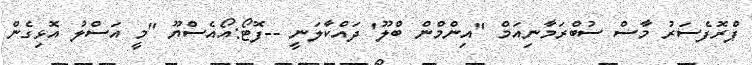
ޕްރޮފެސަރު މާސް ސުބްރަމާނިއަމް "އިންމްން ބްލޫ' ދައްކާލަނީ --ފޮޓޯ:އޯއެސްޔޫ "މީ އަސްލު އޮޅިގެން